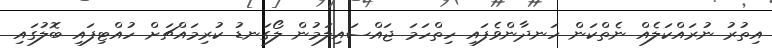
އިތުރު ނުރައްކަލެއް ނެތްކަން ހަނދާންވެފައި ހިތްހަމަ ޖައްސައިލަމުން ލޯގަނޑު ކުރިމައްޗަށް ހުއްޓިފައި ބޮލުގައި